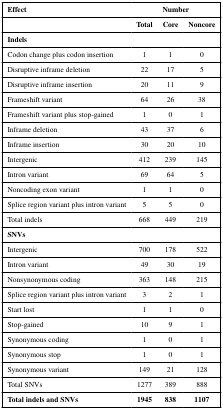
<table><thead><tr><td><b>Effect</b></td><td colspan="3"><b>Number</b></td></tr><tr><td></td><td><b>Total</b></td><td><b>Core</b></td><td><b>Noncore</b></td></tr></thead><tbody><tr><td><b>Indels</b></td><td></td><td></td><td></td></tr><tr><td>Codon change plus codon insertion</td><td>1</td><td>1</td><td>0</td></tr><tr><td>Disruptive inframe deletion</td><td>22</td><td>17</td><td>5</td></tr><tr><td>Disruptive inframe insertion</td><td>20</td><td>11</td><td>9</td></tr><tr><td>Frameshift variant</td><td>64</td><td>26</td><td>38</td></tr><tr><td>Frameshift variant plus stop-gained</td><td>1</td><td>0</td><td>1</td></tr><tr><td>Inframe deletion</td><td>43</td><td>37</td><td>6</td></tr><tr><td>Inframe insertion</td><td>30</td><td>20</td><td>10</td></tr><tr><td>Intergenic</td><td>412</td><td>239</td><td>145</td></tr><tr><td>Intron variant</td><td>69</td><td>64</td><td>5</td></tr><tr><td>Noncoding exon variant</td><td>1</td><td>1</td><td>0</td></tr><tr><td>Splice region variant plus intron variant</td><td>5</td><td>5</td><td>0</td></tr><tr><td>Total indels</td><td>668</td><td>449</td><td>219</td></tr><tr><td><b>SNVs</b></td><td></td><td></td><td></td></tr><tr><td>Intergenic</td><td>700</td><td>178</td><td>522</td></tr><tr><td>Intron variant</td><td>49</td><td>30</td><td>19</td></tr><tr><td>Nonsynonymous coding</td><td>363</td><td>148</td><td>215</td></tr><tr><td>Splice region variant plus intron variant</td><td>3</td><td>2</td><td>1</td></tr><tr><td>Start lost</td><td>1</td><td>1</td><td>0</td></tr><tr><td>Stop-gained</td><td>10</td><td>9</td><td>1</td></tr><tr><td>Synonymous coding</td><td>1</td><td>0</td><td>1</td></tr><tr><td>Synonymous stop</td><td>1</td><td>0</td><td>1</td></tr><tr><td>Synonymous variant</td><td>149</td><td>21</td><td>128</td></tr><tr><td>Total SNVs</td><td>1277</td><td>389</td><td>888</td></tr><tr><td><b>Total indels and SNVs</b></td><td><b>1945</b></td><td><b>838</b></td><td><b>1107</b></td></tr></tbody></table>